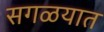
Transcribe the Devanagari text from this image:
सगळयात